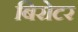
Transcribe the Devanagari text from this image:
बिरोटर